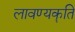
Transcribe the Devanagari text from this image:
लावण्यकॄति